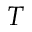
T